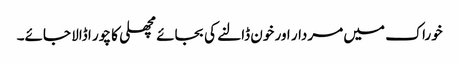
خوراک میں مردار اور خون ڈالنے کی بجائے مچھلی کا چور ا ڈالا جائے۔